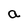
Character: a